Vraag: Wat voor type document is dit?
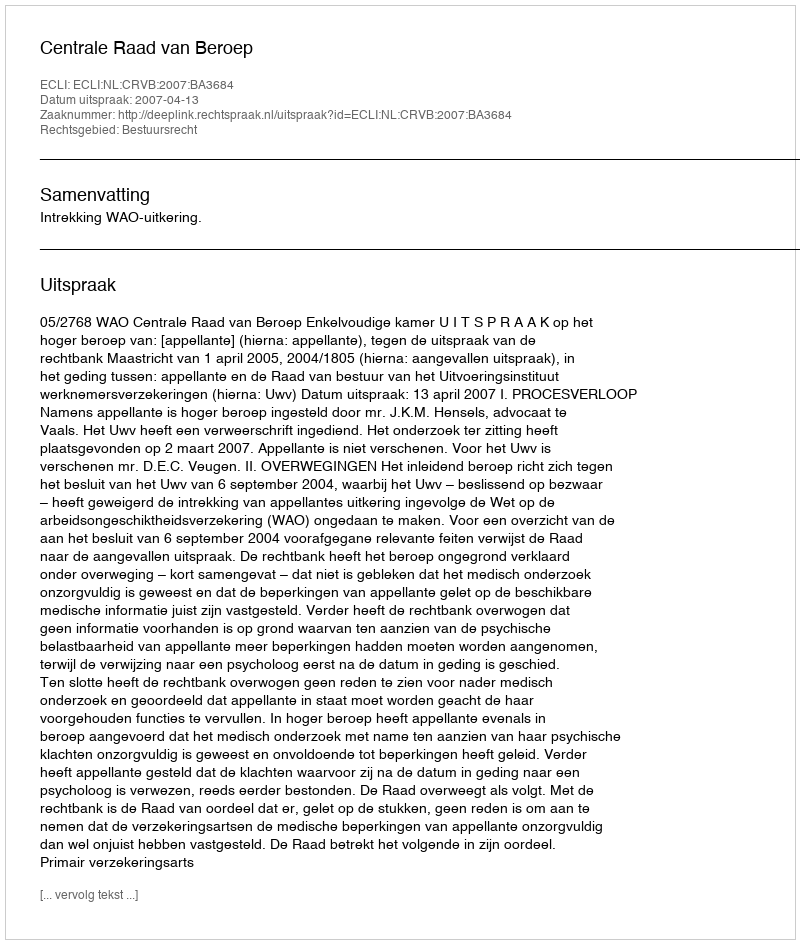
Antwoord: Uitspraak